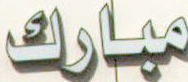
مبارك